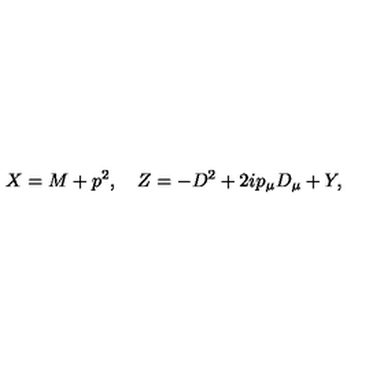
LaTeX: X = M + p ^ { 2 } , \quad Z = - D ^ { 2 } + 2 i p _ { \mu } D _ { \mu } + Y ,